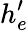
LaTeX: h_{e}^{\prime}